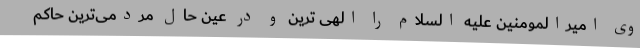
وی امیرالمومنین علیه السلام را الهی ترین و در عین حال مردمی‌ترین حاکم